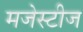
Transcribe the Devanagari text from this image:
मजेस्टीज